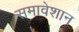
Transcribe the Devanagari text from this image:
समावेशान